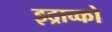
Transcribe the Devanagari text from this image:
झ्द्राव्को